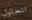
لتحاول